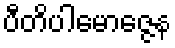
ပီတိပါမောဇ္ဇေန